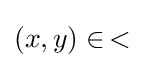
(x,y)\in \,<